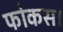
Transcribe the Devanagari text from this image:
फोकस।